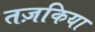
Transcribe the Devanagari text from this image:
तज़किया